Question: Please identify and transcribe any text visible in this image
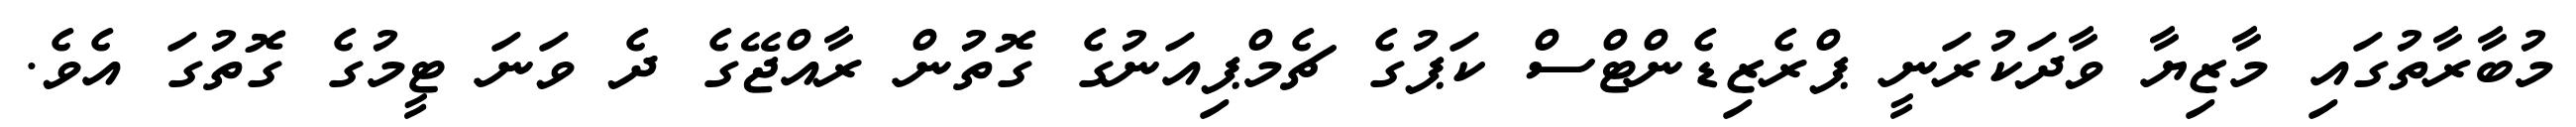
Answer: މުބާރާތުގައި މާޒިޔާ ވާދަކުރަނީ ޕްރެޒިޑެންޓްސް ކަޕުގެ ޗެމްޕިއަނުގެ ގޮތުން ރާއްޖޭގެ ދެ ވަނަ ޓީމުގެ ގޮތުގަ އެވެ.